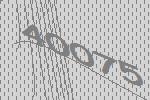
40075